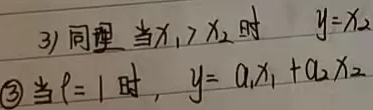
3) 同理，当\(x_{1}>x_{2}\)时，\(y = x_{2}\)。\textcircled{3}当\(p = 1\)时，\(y=a_{1}x_{1}+a_{2}x_{2}\)